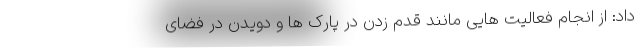
داد: از انجام فعالیت هایی مانند قدم زدن در پارک ها و دویدن در فضای